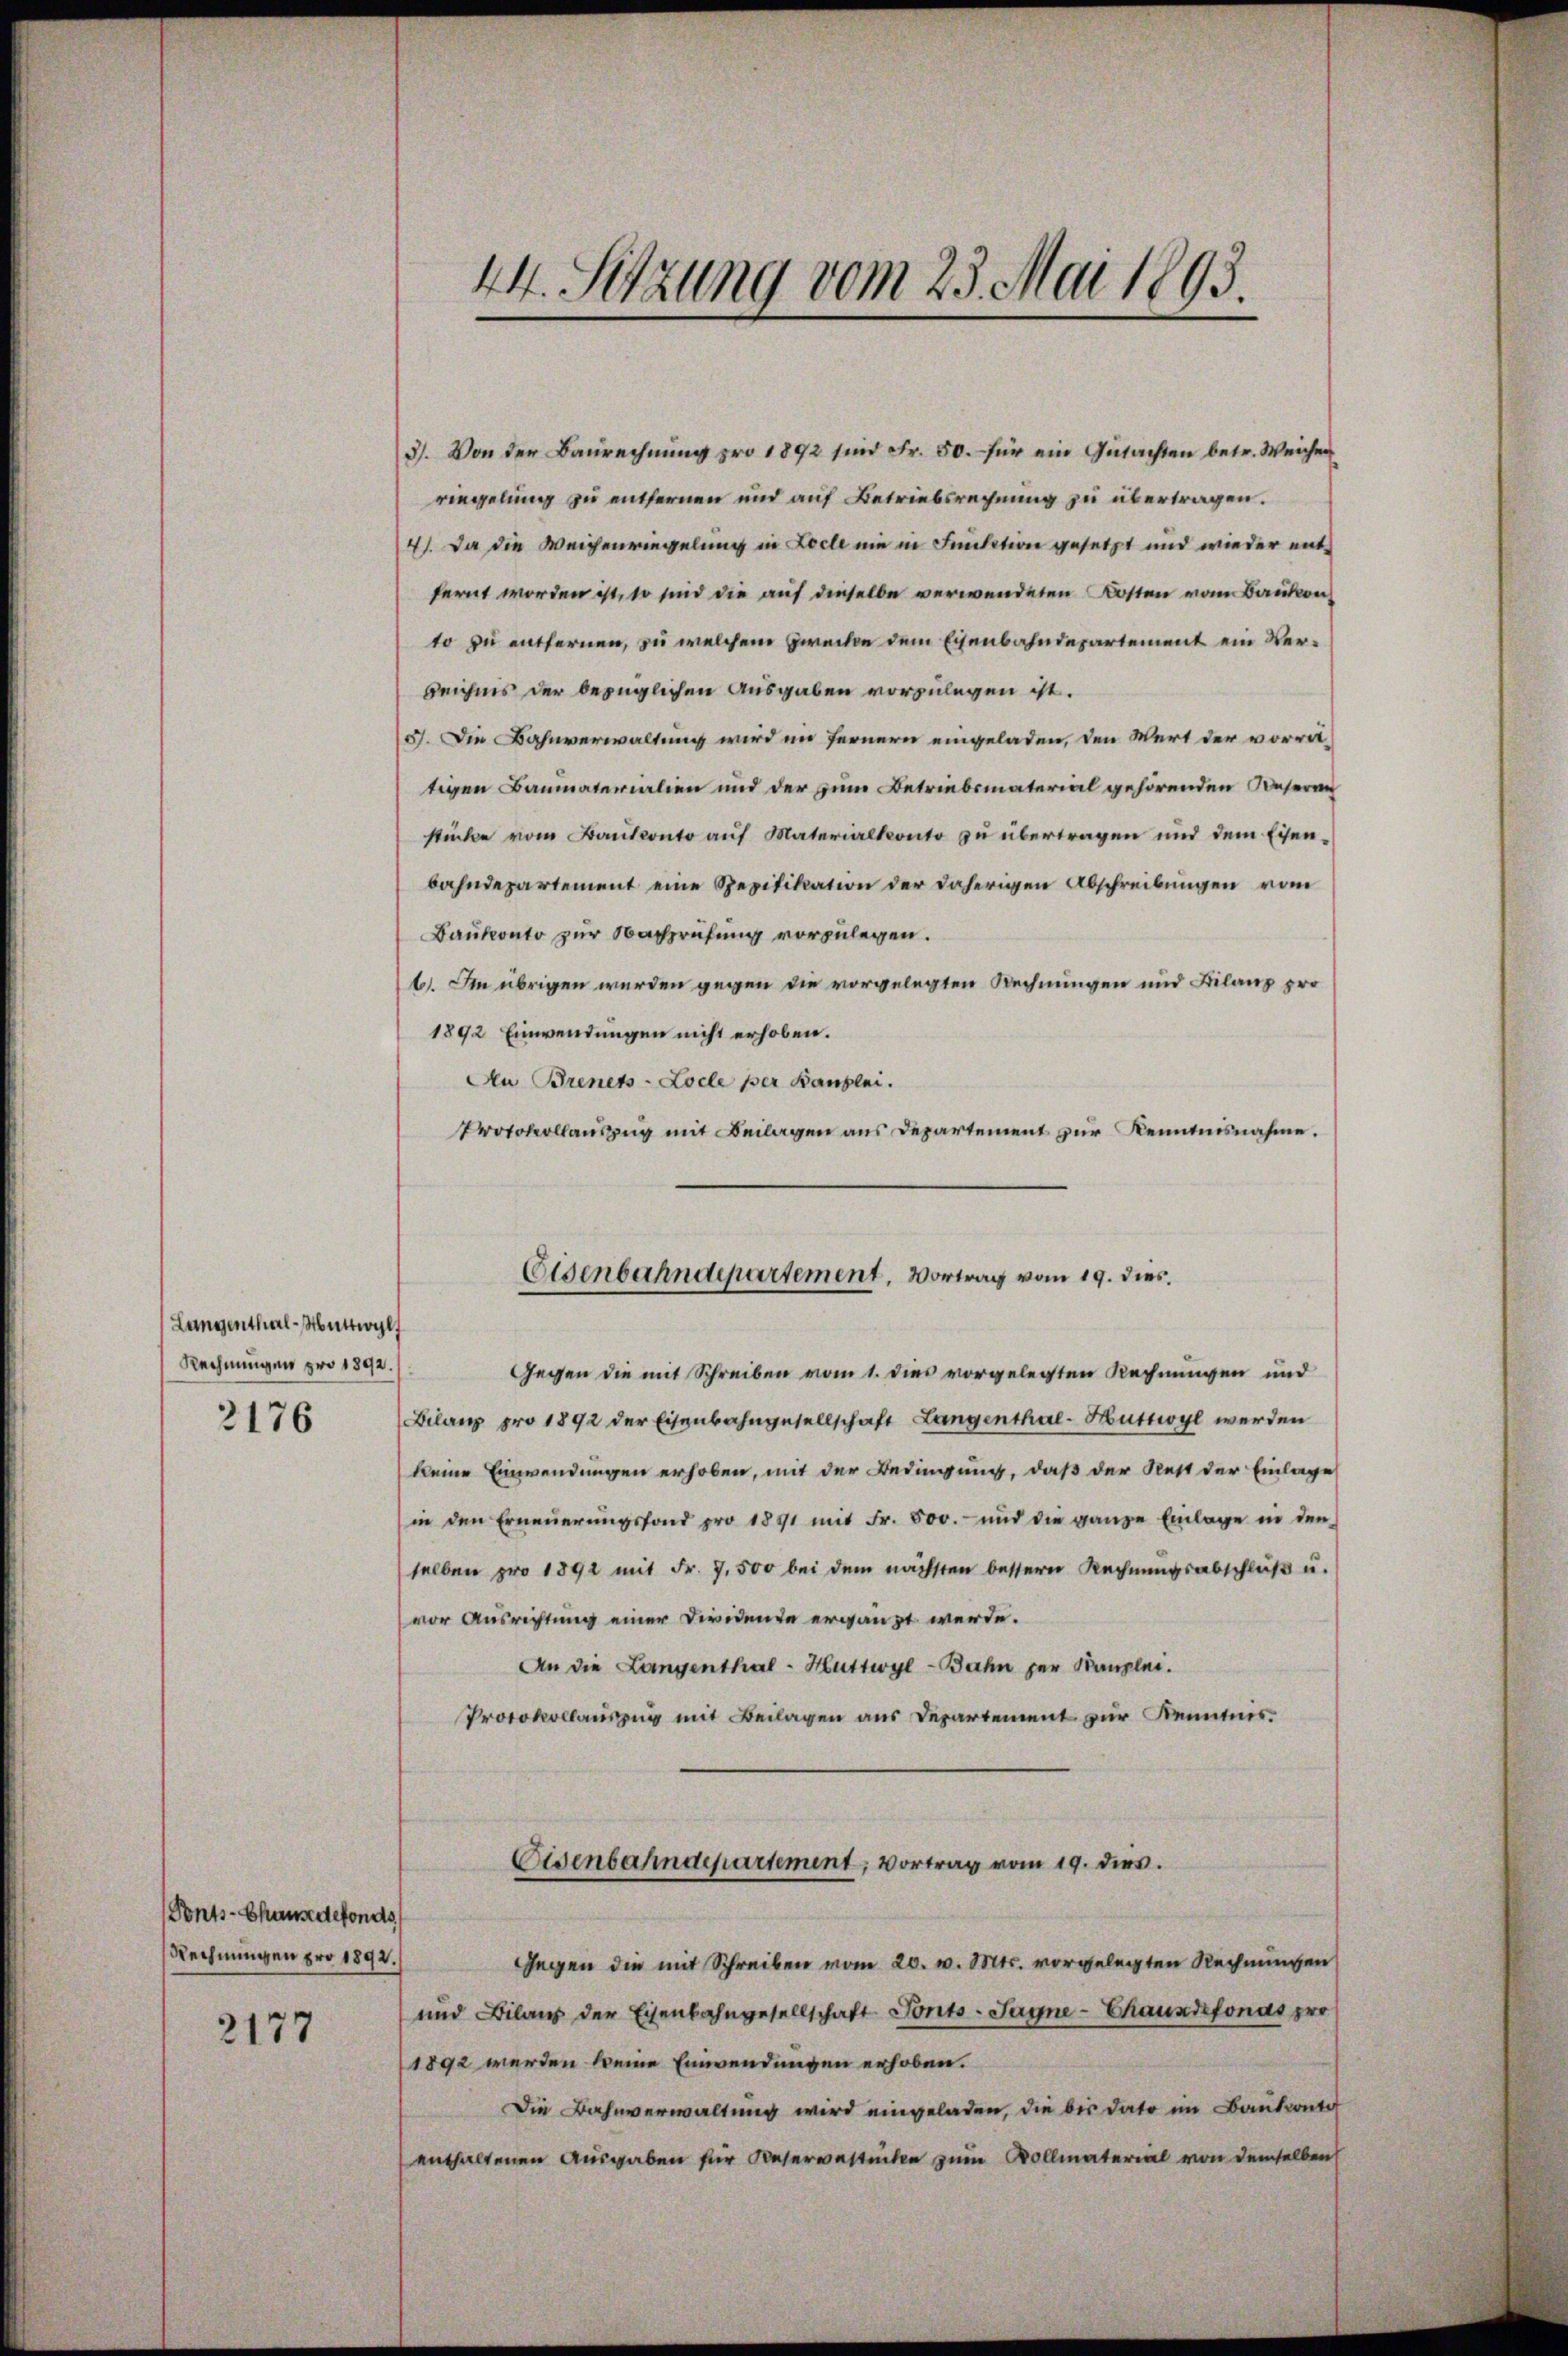
Langenthal-Wattwyl
Rechnungen pro 1892.
2176

Ponts-Chause defonds
Rechnungen pro 1892.

2177

44. Sitzung vom 23. Mai 1893.

3. Von der Baurechnung pro 1892 sind Fr. 50. für ein Gutachten betr. Weichen
riegelung zu entfernen und auf Betriebsrechnung zu übertragen.
4). Da die Weichenriegelung in Locle nie in Smitation gesetzt und wieder entfernt worden ist, so sind die auf dieselbe verwendeten Kosten vom Baution,
to zu entfernen, zu welchem Zwecke dem Eisenbahndepartement ein Verzeichnis der bezüglichen Ausgaben vorzulegen ist.
5). Die Bahnverwaltung wird im Fernern eingeladen, den Wert der vorrät-
tigen Baumaterialien und der zum Betriebsmaterial gehörenden Unseren
stücke vom Bantconto auf Materialkonto zu übertragen und dem Eisenbahndepartement eine Spezifikation der daherigen Abschreibungen vom
Baukonto zur Nachprüfung vorzulegen.
6. Im übrigen werden gegen die vorgelegten Rechnungen und Bilanz pro¬
1892 Einwendungen nicht erhoben.
An Brenets-Locle per Banzlei.
Protokollauszug mit Beilagen aus Departement zur Kenntnisnahme.
Eisenbahndepartement, Vortrag vom 19. dies
Gegen die mit Schreiben vom 1. dies vorgelegten Rechnungen und
Bilanz pro 1892 der Eisenbahngesellschaft Langenthal-Huttwyl werden
keine Einwendungen erhoben, mit der Bedingung, daß der Rest der Einlage
in den Erneŭerŭngsfond pro 1891 mit Fr. 500. und die ganze Einlage in den
selben pro 1892 mit Fr. 7,500 bei dem nächsten bessern Rechnŭngsabschlŭβ u.
vor Ausrichtung einer Dividende ergänzt werde.
An die Langenthal - Huttwyl-Bahn per Kanzlei.
Protokollauszug mit Beilagen aus Departement zur Kenntnis¬

Cisenbahndepartement, Vortrag vom 19. dies

Gegen die mit Schreiben vom 20. v. Mts. vorgelegten Rechnungen
und Bilanz der Eisenbahngesellschaft Ponts-Tayne-Chausrefonas pro
1892 werden keine Einwendungen erhoben.
Die Bahnverwaltung wird eingeladen, die bis dato im Baukonte
enthaltenen Ausgaben für Deserverstücke zum Vollmaterial von demselben